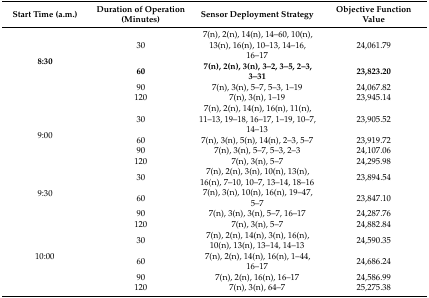
| Start Time (a.m.) | Duration of Operation (Minutes) | Sensor Deployment Strategy | Objective Function Value |
 | --- | --- | --- | --- |
 | <ROWSPAN=4> 8:30 | 30 | 7(n), 2(n), 14(n), 14–60, 10(n), 13(n), 16(n), 10–13, 14–16, 16–17 | 24,061.79 |
 | 60 | 7(n), 2(n), 3(n), 3–2, 3–5, 2–3, 3–31 | 23,823.20 |
 | 90 | 7(n), 3(n), 5–7, 5–3, 1–19 | 24,067.82 |
 | 120 | 7(n), 3(n), 1–19 | 23,945.14 |
 | <ROWSPAN=4> 9:00 | 30 | 7(n), 2(n), 14(n), 16(n), 11(n), 11–13, 19–18, 16–17, 1–19, 10–7, 14–13 | 23,905.52 |
 | 60 | 7(n), 3(n), 5(n), 14(n), 2–3, 5–7 | 23,919.72 |
 | 90 | 7(n), 3(n), 5–7, 5–3, 2–3 | 24,107.06 |
 | 120 | 7(n), 3(n), 5–7 | 24,295.98 |
 | <ROWSPAN=4> 9:30 | 30 | 7(n), 2(n), 3(n), 10(n), 13(n), 16(n), 7–10, 10–7, 13–14, 18–16 | 23,894.54 |
 | 60 | 7(n), 3(n), 10(n), 16(n), 19–47, 5–7 | 23,847.10 |
 | 90 | 7(n), 3(n), 3(n), 5–7, 16–17 | 24,287.76 |
 | 120 | 7(n), 3(n), 5–7 | 24,882.84 |
 | <ROWSPAN=4> 10:00 | 30 | 7(n), 2(n), 14(n), 3(n), 16(n), 10(n), 13(n), 13–14, 14–13 | 24,590.35 |
 | 60 | 7(n), 2(n), 14(n), 16(n), 1–44, 16–17 | 24,686.24 |
 | 90 | 7(n), 2(n), 16(n), 16–17 | 24,586.99 |
 | 120 | 7(n), 3(n), 64–7 | 25,275.38 |